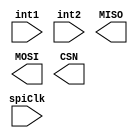
`timescale 1ns / 1ps

module Accelerometer(input spiClk, input int1, input int2, output reg MISO, output reg MOSI, output reg CSN);
/*  
Input clock 1-5 MHz
SPI Commands
    0x0A: write register
    0x0B: read register
    0x0D: read FIFO
    
    Read & Write Commands
    </CS down> <command byte (read or write command)> <Address byte><Data byte> <Optional additionaal data byte for multi-byte></CS up>
    - where CS is ACL_CSN

    ACL_MISO
    ACL_MOSI
    ACL_SCLK
    ACL_CSN
    ACL_INT[1]
    ACL_INT[2]
*/

    always @ (posedge spiClk)
    begin
        
    end    


endmodule